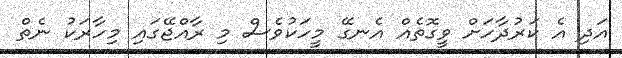
އަދި އެ ކަރުދާހަށް ވީގޮތެއް އެނގޭ މީހަކުވެސް މި ރާއްޖޭގައި މިހާރަކު ނެތް